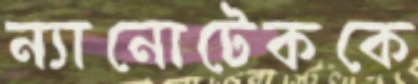
ন্যানোটেককে